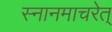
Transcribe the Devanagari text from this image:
स्नानमाचरेत्